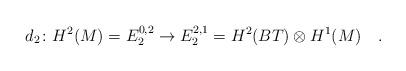
LaTeX: \begin{align*} d_2\colon H^2(M)=E_2^{0,2}\to E^{2,1}_2=H^2(BT)\otimes H^1(M) \quad.\end{align*}